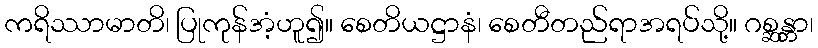
ကရိဿာမာတိ၊ ပြုကုန်အံ့ဟူ၍။ စေတိယဋ္ဌာနံ၊ စေတီတည်ရာအရပ်သို့။ ဂစ္ဆန္တာ၊